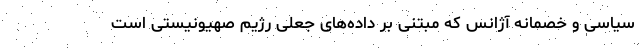
سیاسی و خصمانه آژانس که مبتنی بر داده‌های جعلی رژیم صهیونیستی است